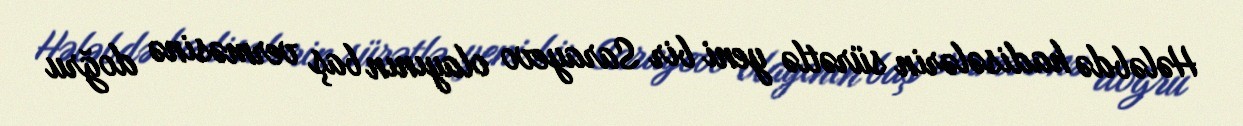
Hələbdə hadisələrin sürətlə yeni bir Sarayevo olayının baş verməsinə doğru